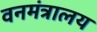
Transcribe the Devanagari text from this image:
वनमंत्रालय